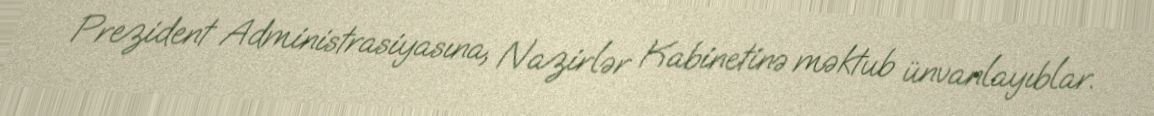
Prezident Administrasiyasına, Nazirlər Kabinetinə məktub ünvanlayıblar.